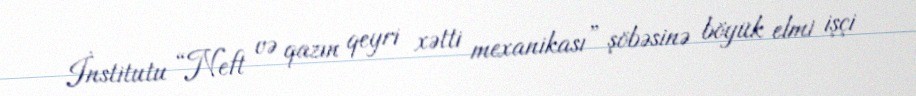
İnstitutu “Neft və qazın qeyri xətti mexanikası” şöbəsinə böyük elmi işçi